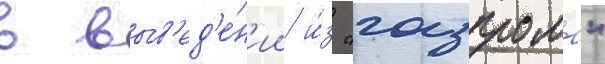
в выв'ед'е́н'ии и́з "газпрома"